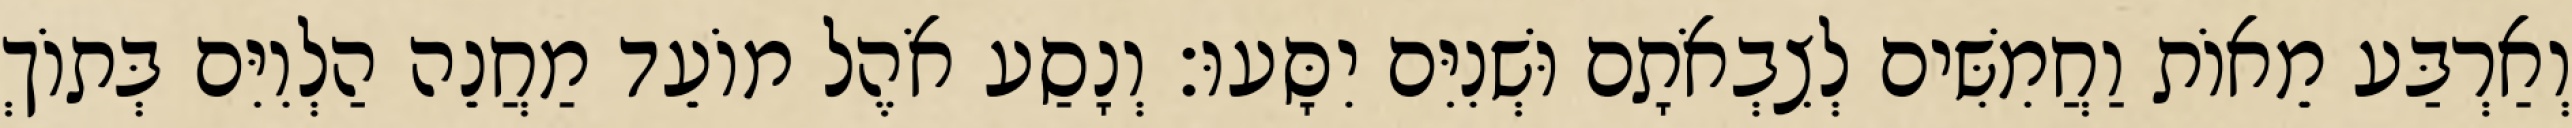
וְאַרְבַּע מֵאוֹת וַחֲמִשִּׁים לְצִבְאֹתָם וּשְׁנִיִּם יִסָּעוּ׃ וְנָסַע אֹהֶל מוֹעֵד מַחֲנֵה הַלְוִיִּם בְּתוֹךְ